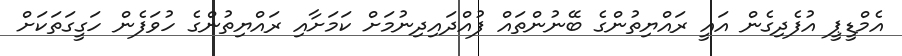
އެމްޑީޕީ އުފެދިގެން އައީ ރައްޔިތުންގެ ބޭނުންތައް ފުއްދައިދިނުމަށް ކަމަށާއި ރައްޔިތުންގެ ހުވަފެން ހަގީގަތަކަށް